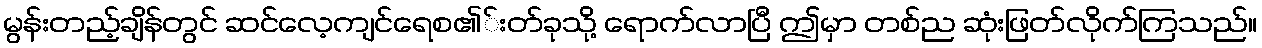
မွန်းတည့်ချိန်တွင် ဆင်လေ့ကျင်ရေစ၏်းတ်ခုသို့ ရောက်လာပြီ ဤမှာ တစ်ည ဆုံးဖြတ်လိုက်ကြသည်။